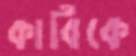
কার্বিকে